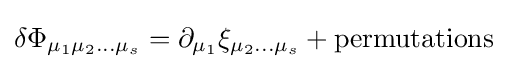
\delta \Phi _{\mu _{1}\mu _{2}...\mu _{s}}=\partial _{\mu _{1}}\xi _{\mu _{2}...\mu _{s}}+{\text{permutations}}